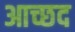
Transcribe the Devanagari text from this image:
आच्छद